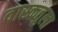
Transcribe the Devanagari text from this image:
वास्कतुला